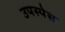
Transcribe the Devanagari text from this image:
उपस्पेस